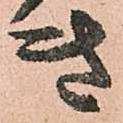
き